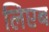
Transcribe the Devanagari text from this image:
लिएब